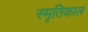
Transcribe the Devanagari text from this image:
स्मृतिकाल